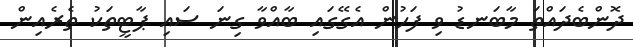
ދޮންބެދައްތަ މާބަނޑު ވި ފަހުން އެގޭގައި ބާއްވާ ގިނަ ސައި ޕާޓީތަކު ތެރެއިން